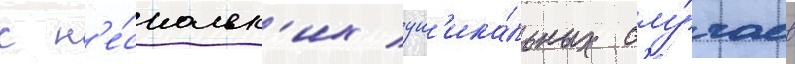
с н'е́скольк'их ун'ика́льных слу́чаев